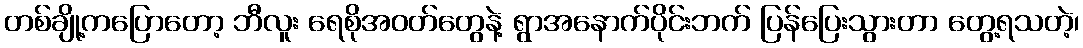
တစ်ချို့ကပြောတော့ ဘီလူး ရေစိုအဝတ်တွေနဲ့ ရွာအနောက်ပိုင်းဘက် ပြန်ပြေးသွားတာ တွေ့ရသတဲ့၊